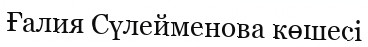
Ғалия Сүлейменова көшесі